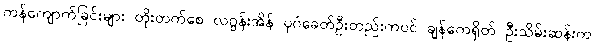
ကန်ကျောက်ခြင်းများ တိုးတက်စေ လဂွန်းအိန် ပုဂံခေတ်ဦးတည်းကပင် ချန်ကေရှိတ် ဦးသိမ်းဆန်းက